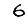
Digit: 6